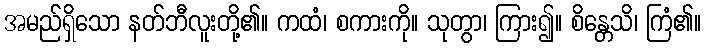
အမည်ရှိသော နတ်ဘီလူးတို့၏။ ကထံ၊ စကားကို။ သုတွာ၊ ကြား၍။ စိန္တေသိ၊ ကြံ၏။